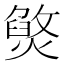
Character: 㷺